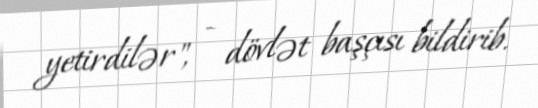
yetirdilər", - dövlət başçısı bildirib.